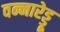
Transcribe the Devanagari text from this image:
वन्नारेड्डू